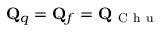
\mathbf { Q } _ { q } = \mathbf { Q } _ { f } = \mathbf { Q } _ { \mathrm { ~ C ~ h ~ u ~ } }